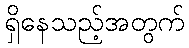
ရှိနေသည့်အတွက်